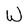
Character: W